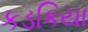
કડકિયા